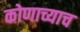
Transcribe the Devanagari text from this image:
कोणाच्याच